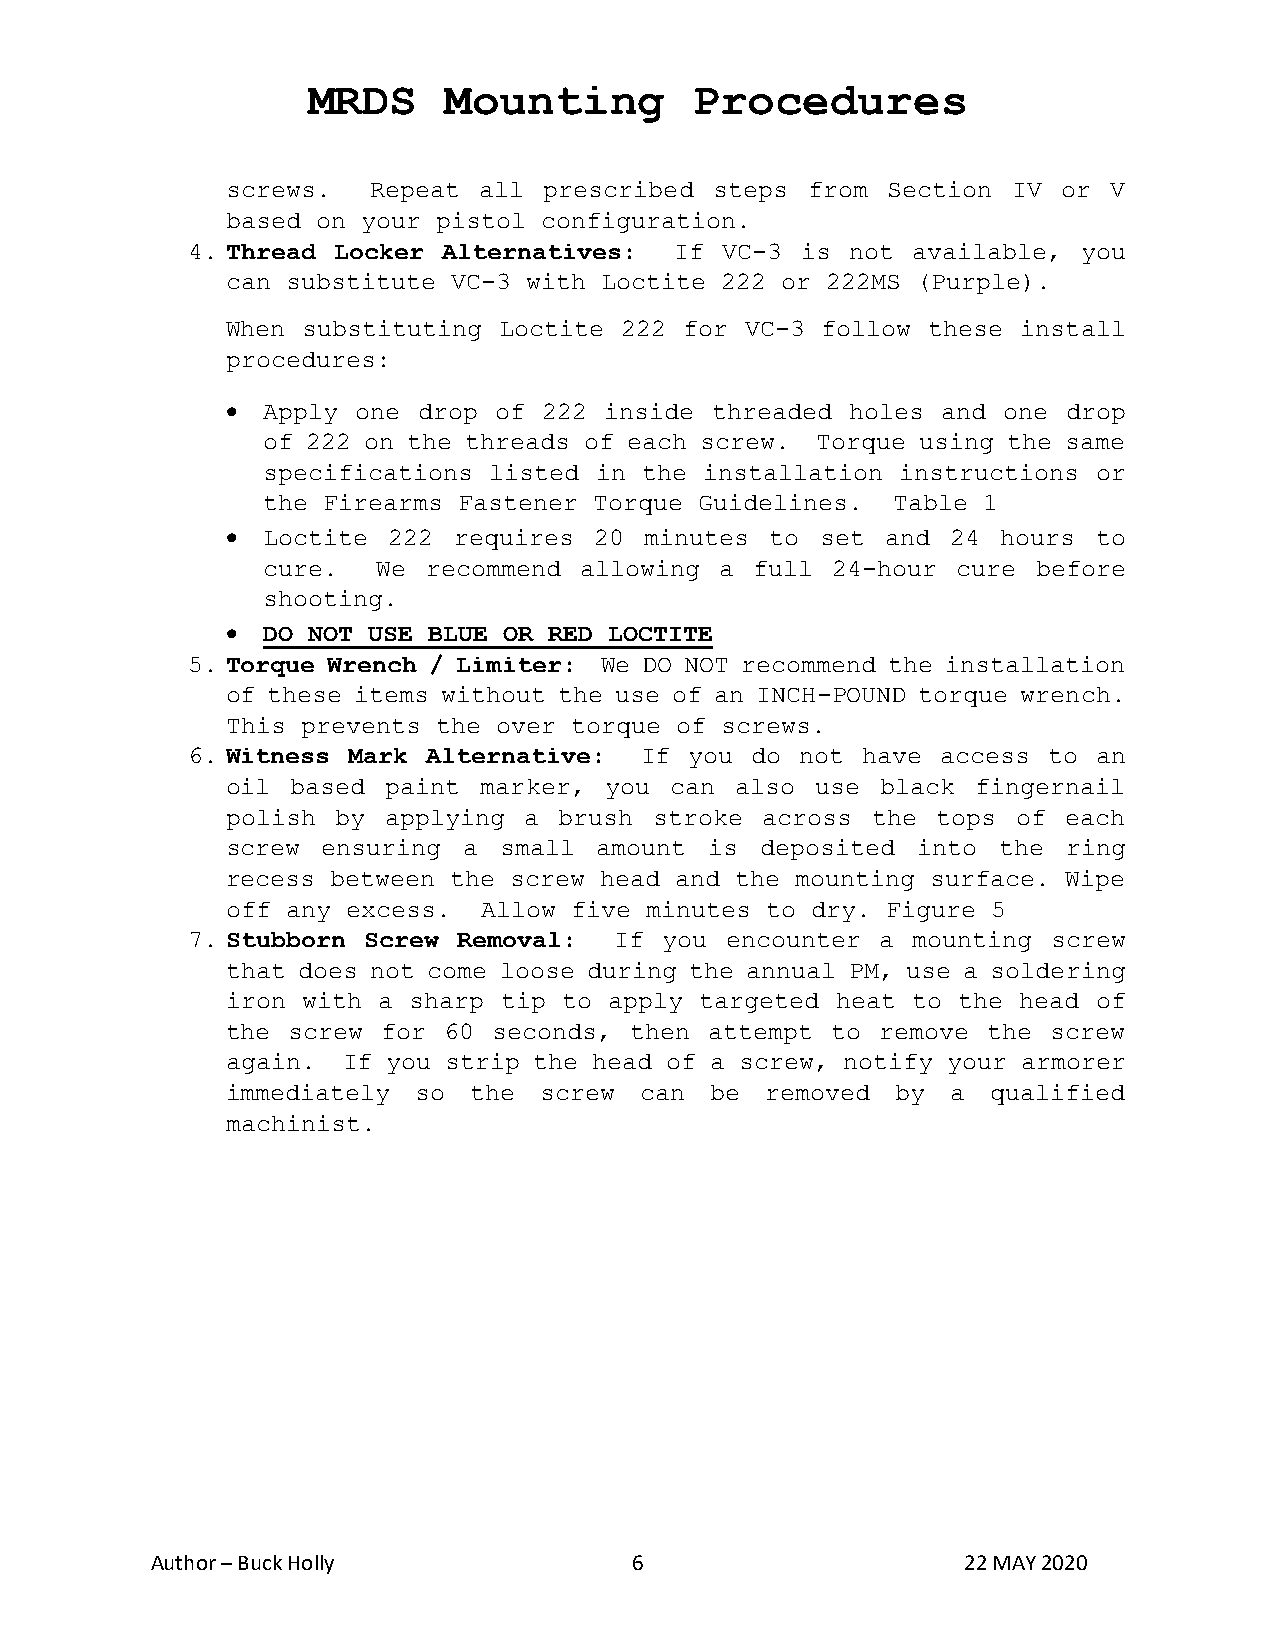
MRDS     Mounting         Procedures
 screws.  Repeat  all prescribed steps from  Section IV or  V
 based on your pistol configuration.
 4. Thread Locker Alternatives:   If VC-3 is not available,  you
 can substitute VC-3 with Loctite 222 or 222MS (Purple).
 When substituting Loctite 222 for VC-3 follow these  install
 procedures:
 • Apply  one drop of 222 inside threaded holes and one  drop
 of 222 on the threads of each screw. Torque using the same
 specifications listed in the  installation instructions or
 the Firearms Fastener Torque Guidelines.  Table 1
 • Loctite  222 requires 20  minutes to set  and 24 hours  to
 cure.   We recommend allowing  a full 24-hour cure  before
 shooting.
 • DO NOT USE BLUE OR RED LOCTITE
 5. Torque Wrench / Limiter: We DO NOT recommend the installation
 of these items without the use of an INCH-POUND torque wrench.
 This prevents the over torque of screws.
 6. Witness Mark Alternative:  If  you do not have access to  an
 oil based  paint marker, you can  also use black  fingernail
 polish by applying  a brush stroke across  the tops of  each
 screw ensuring  a small  amount is deposited  into the  ring
 recess between the screw head and the mounting surface. Wipe
 off any excess.  Allow five minutes to dry. Figure 5
 7. Stubborn Screw Removal:   If you encounter a mounting  screw
 that does not come loose during the annual PM, use a soldering
 iron with a sharp tip to apply targeted heat to the head  of
 the screw for 60  seconds, then attempt to remove the  screw
 again.  If you strip the head of a screw, notify your armorer
 immediately  so the  screw can  be  removed by  a  qualified
 machinist.
 Author – Buck Holly             6                     22 MAY 2020